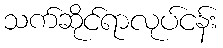
သက်ဆိုင်ရာလုပ်ငန်း